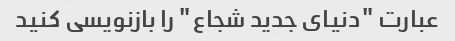
عبارت "دنیای جدید شجاع" را بازنویسی کنید